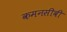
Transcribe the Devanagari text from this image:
कमनसीबी